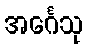
အင်္ဂေသု